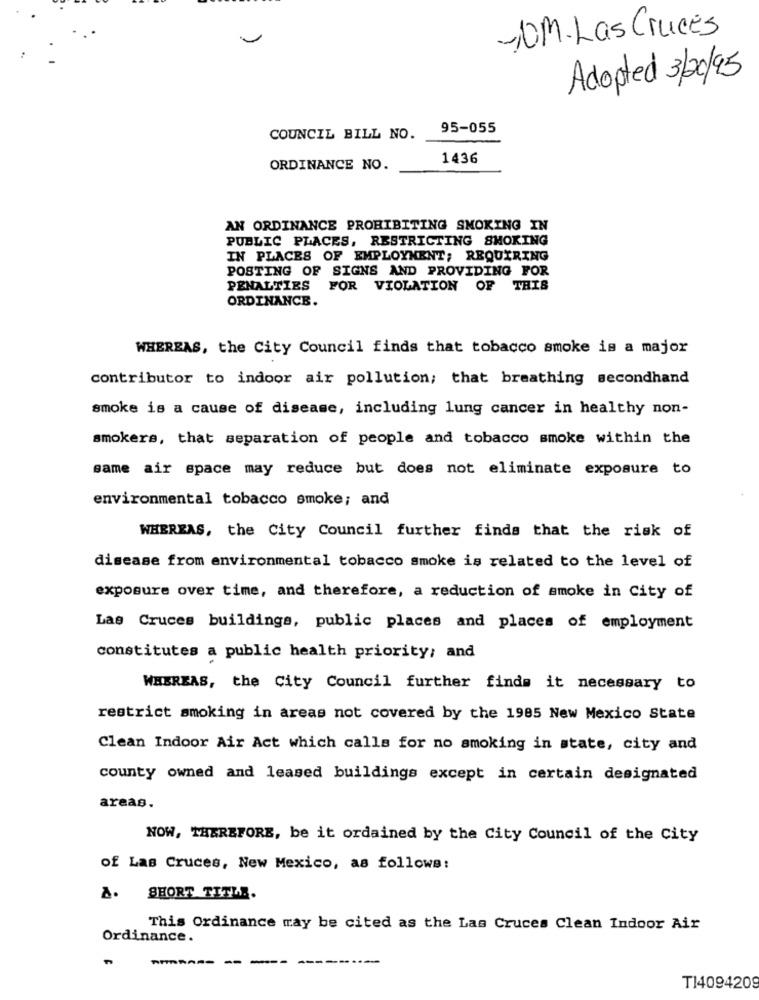
-JOM-Las Cruces
Adopted 3/20/95
95-055
COUNCIL BILL NO.
1436
ORDINANCE NO.
AN ORDINANCE PROHIBITING SMOKING IN
PUBLIC PLACES, RESTRICTING SMOKING
IN PLACES OF EMPLOYMENT; REQUIRING
POSTING OF SIGNS AND PROVIDING FOR
PENALTIES
FOR VIOLATION OF THIS
ORDINANCE.
WHEREAS, the City Council finds that tobacco smoke is a major
contributor to indoor air pollution; that breathing secondhand
smoke is a cause of disease, including lung cancer in healthy non-
smokers, that separation of people and tobacco smoke within the
same air space may reduce but does not eliminate exposure to
environmental tobacco smoke; and
WHEREAS, the City Council further finds that the risk of
disease from environmental tobacco smoke is related to the level of
exposure over time, and therefore, a reduction of smoke in City of
Las Cruces buildings, public places and places of employment
constitutes a public health priority; and
WHEREAS, the City Council further finds it necessary to
restrict smoking in areas not covered by the 1985 New Mexico State
Clean Indoor Air Act which calls for no smoking in state, city and
county owned and leased buildings except in certain designated
areas.
NOW, THEREFORE, be it ordained by the City Council of the City
of Las Cruces, New Mexico, as follows:
A. SHORT TITL ..
This Ordinance may be cited as the Las Cruces Clean Indoor Air
Ordinance.
T14094209